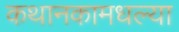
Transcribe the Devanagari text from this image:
कथानकामधल्या